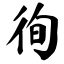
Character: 徇